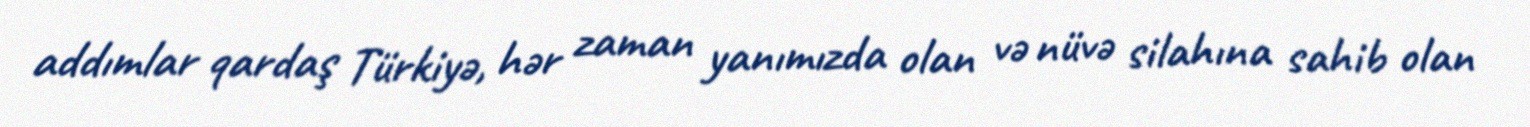
addımlar qardaş Türkiyə, hər zaman yanımızda olan və nüvə silahına sahib olan